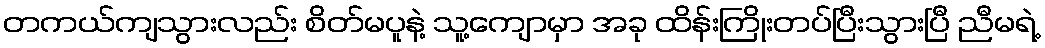
တကယ်ကျသွားလည်း စိတ်မပူနဲ့ သူ့ကျောမှာ အခု ထိန်းကြိုးတပ်ပြီးသွားပြီ ညီမရဲ့